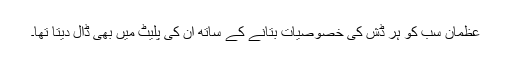
عظمان سب کو ہر ڈش کی خصوصیات بتانے کے ساتھ ان کی پلیٹ میں بھی ڈال دیتا تھا۔